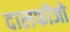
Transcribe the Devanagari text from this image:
दालफोंजो